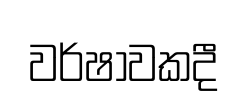
වර්ෂාවකදී